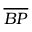
\overline { { B P } }